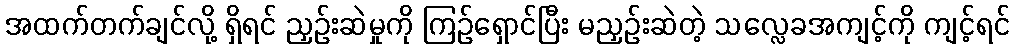
အထက်တက်ချင်လို့ ရှိရင် ညှဉ်းဆဲမှုကို ကြဉ်ရှောင်ပြီး မညှဉ်းဆဲတဲ့ သလ္လေခအကျင့်ကို ကျင့်ရင်